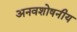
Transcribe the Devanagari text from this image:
अनवशोषनीय